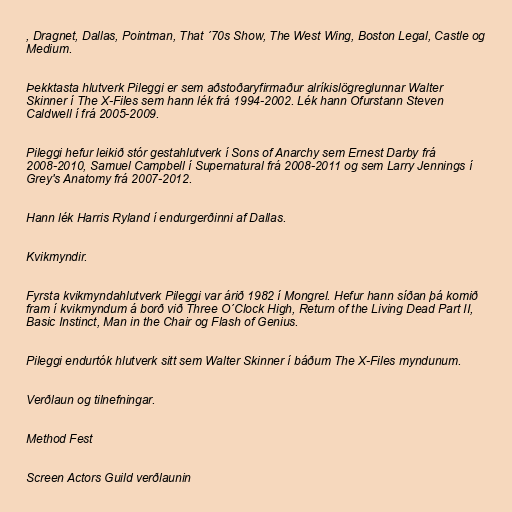
, Dragnet, Dallas, Pointman, That ´70s Show, The West Wing, Boston Legal, Castle og
Medium.

Þekktasta hlutverk Pileggi er sem aðstoðaryfirmaður alríkislögreglunnar Walter
Skinner í The X-Files sem hann lék frá 1994-2002. Lék hann Ofurstann Steven
Caldwell í frá 2005-2009.

Pileggi hefur leikið stór gestahlutverk í Sons of Anarchy sem Ernest Darby frá
2008-2010, Samuel Campbell í Supernatural frá 2008-2011 og sem Larry Jennings í
Grey's Anatomy frá 2007-2012.

Hann lék Harris Ryland í endurgerðinni af Dallas.

Kvikmyndir.

Fyrsta kvikmyndahlutverk Pileggi var árið 1982 í Mongrel. Hefur hann síðan þá komið
fram í kvikmyndum á borð við Three O´Clock High, Return of the Living Dead Part II,
Basic Instinct, Man in the Chair og Flash of Genius.

Pileggi endurtók hlutverk sitt sem Walter Skinner í báðum The X-Files myndunum.

Verðlaun og tilnefningar.

Method Fest

Screen Actors Guild verðlaunin